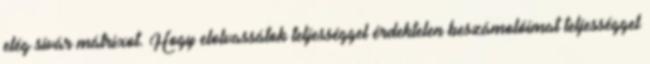
elég sivár mátrixot. Hogy elolvassátok teljességgel érdektelen beszámolóimat teljességgel